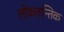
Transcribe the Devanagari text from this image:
लोकतान्तिक